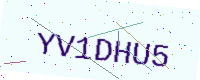
Text: YV1DHU5